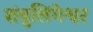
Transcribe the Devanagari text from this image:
शंबुलिंगेश्वर